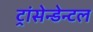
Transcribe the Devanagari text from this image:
ट्रांसेन्डेन्टल